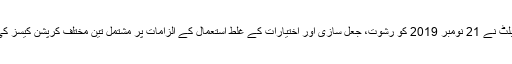
واضح رہے کہ اسرائیل کے اٹارنی جنرل آویچائی مینڈل بلٹ نے 21 نومبر 2019 کو رشوت، جعل سازی اور اختیارات کے غلط استعمال کے الزامات پر مشتمل تین مختلف کرپشن کیسز کی وجہ سے نیتان یاہو کے خلاف دعوے کا مطالبہ کیا تھا۔